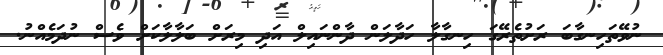
ނުވޭތަހިނގާބަ ރަށުތެރޭގަ ހިނގާލާ ހަދާލަން ދާންނައިލް އަދި މިރަށް ބަލާލާކަށް ވެސް ނުދަމެއްނު.